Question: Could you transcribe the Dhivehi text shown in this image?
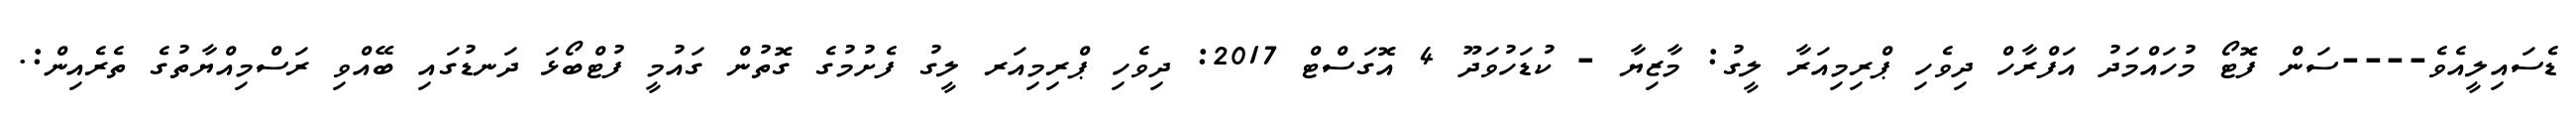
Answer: ޑެސައިލީއެވެ----ސަން ފޮޓޯ މުހައްމަދު އަފްރާހް ދިވެހި ޕްރިމިއަރާ ލީގު: މާޒިޔާ - ކުޑަހުވަދޫ 4 އޮގަސްޓް 2017: ދިވެހި ޕްރިމިއަރ ލީގު ފެށުމުގެ ގޮތުން ގައުމީ ފުޓްބޯޅަ ދަނޑުގައި ބޭއްވި ރަސްމިއްޔާތުގެ ތެރެއިން:.